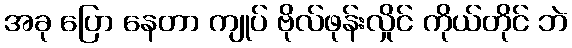
အခု ပြော နေတာ ကျုပ် ဗိုလ်ဖုန်းလှိုင် ကိုယ်တိုင် ဘဲ